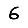
Digit: 6